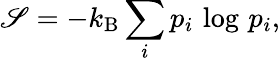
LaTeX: \mathscr{S}=-k_{\mathrm{{B}}}\sum_{i}p_{i}\, \log\, p_{i},